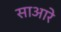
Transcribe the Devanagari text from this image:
साआरे